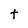
Character: t